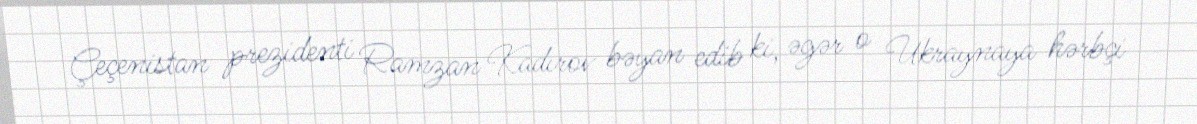
Çeçenistan prezidenti Ramzan Kadırov bəyan edib ki, əgər o Ukraynaya hərbçi